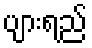
ပျားရည်